Medical and sanitary report of the native army of Bengal for the year
Year: 1876
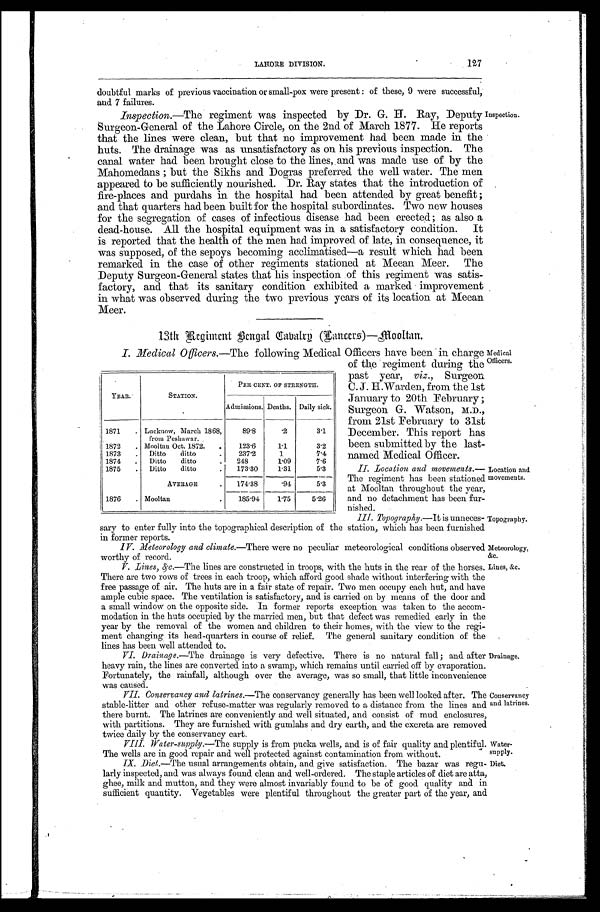
LAHORE DIVISION.
127
doubtful marks of previous vaccination or small-pox were present: of these, 9 were successful,
and 7 failures.
Inspection.—The regiment was inspected by Dr. G. H. Ray, Deputy
Surgeon-General of the Lahore Circle, on the 2nd of March 1877. He reports
that the lines were clean, but that no improvement had been made in the
huts. The drainage was as unsatisfactory as on his previous inspection. The
canal water had been brought close to the lines, and was made use of by the
Mahomedans; but the Sikhs and Dogras preferred the well water. The men
appeared to be sufficiently nourished. Dr. Ray states that the introduction of
fire-places and purdahs in the hospital had been attended by great benefit;
and that quarters had been built for the hospital subordinates. Two new houses
for the segregation of cases of infectious disease had been erected; as also a
dead-house. All the hospital equipment was in a satisfactory condition. It
is reported that the health of the men had improved of late, in consequence, it
was supposed, of the sepoys becoming acclimatised—a result which had been
remarked in the case of other regiments stationed at Meean Meer. The
Deputy Surgeon-General states that his inspection of this regiment was satis-
factory, and that its sanitary condition exhibited a marked improvement
in what was observed during the two previous years of its location at Meean
Meer.
Inspection.
13th Regiment Bengal Cabalry (Cancers)-mooltan.
I. Medical Officers. —The following Medical Officers have been in charge
of the regiment during the
past year, viz., Surgeon
C. J. H.Warden, from the 1st
January to 20th February;
Surgeon G. Watson, M.D.,
from 21st February to 31st
December. This report has
been submitted by the last-
named Medical Officer.
II. Location and movements.
— T h e r e g i m e n t h a s b e e n s t a t i o n e d
at Mooltan throughout the year,
and no detachment has been fur-
nished.
I I I . T o p o g r a p h y .
— I t i s u n n e c e s -
sary to enter fully into the topographical description of the station, which has been furnished
in former reports.
IV. Meteorology and climate.—There were no peculiar meteorological conditions observed
worthy of record.
V. Lines, &c. —The lines are constructed in troops, with the huts in the rear of the horses.
There are two rows of trees in each troop, which afford good shade without interfering with the
free passage of air. The huts are in a fair state of repair. Two men occupy each hut, and have
ample cubic space. The ventilation is satisfactory, and is carried on by means of the door and
a small window on the opposite side. In former reports exception was taken to the accom-
modation in the huts occupied by the married men, but that defect was remedied early in the
year by the removal of the women and children to their homes, with the view to the regi-
ment changing its head-quarters in course of relief. The general sanitary condition of the
lines has been well attended to.
VI. Drainage.—The drainage is very defective. There is no natural fall; and after
heavy rain, the lines are converted into a swamp, which remains until carried off by evaporation.
Fortunately, the rainfall, although over the average, was so small, that little inconvenience
was caused.
VII. Conservancy and latrines. —The conservancy generally has been well looked after. The
stable-litter and other refuse-matter was regularly removed to a distance from the lines and
there burnt. The latrines are conveniently and well situated, and consist of mud enclosures,
with partitions. They are furnished with gumlahs and dry earth, and the excreta are removed
twice daily by the conservancy cart.
VIII. Water-supply. —The supply is from pucka wells, and is of fair quality and plentiful.
The wells are in good repair and well protected against contamination from without.
IX. Diet.—The usual arrangements obtain, and give satisfaction. The bazar was regu-
larly inspected, and was always found clean and well-ordered. The staple articles of diet are atta,
ghee, milk and mutton, and they were almost invariably found to be of good quality and in
sufficient quantity. Vegetables were plentiful throughout the greater part of the year, and
YEAR.
STATION.
PER CENT. OF STRENGTH.
Admissions. Deaths. Daily sick.
1871
Lucknow, March 1868,
from Peshawar.
89.8
. 2
3. 1
1872
Mooltan Oct. 1872.
123.6
1.1
3.2
1873
Ditto ditto
237.2
1
7.4
1874
Ditto ditto
248
1.09
7.6
1875
Ditto ditto
173.30
1.31
5.3
AVERAGE
174.38
. 9 4
5.3
1876
Mooltan
185.94 1.75
5.26
Medical
Officers.
Location and
movements.
Topography.
Meteorology,
&c.
Lines, &c.
Drainage.
Conservancy
and latrines.
Water-
supply.
Diet.